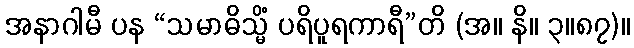
အနာဂါမီ ပန “သမာဓိသ္မိံ ပရိပူရကာရီ”တိ (အ။ နိ။ ၃။၈၇)။